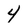
Character: 4